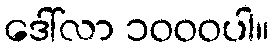
ဒေါ်လာ ၁၀၀၀ပါ။